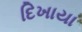
દિખાયા